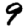
Digit: 9